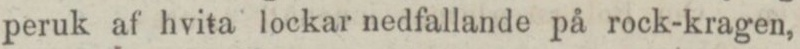
peruk af hvita lockar nedfallande på rock-kragen,